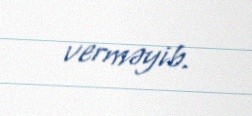
verməyib.